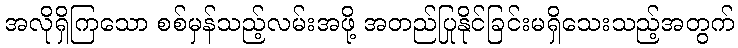
အလိုရှိကြသော စစ်မှန်သည့်လမ်းအဖို့ အတည်ပြုနိုင်ခြင်းမရှိသေးသည့်အတွက်